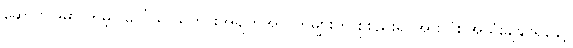
ဆောင်ပုဒ်မှာ ကမ္ဘာ ပေါ် ရှိ သတင်းအချက်အလက်များကို စုစည်း၍ အားလုံး အသုံးချနိုင်ရန်နှင့်